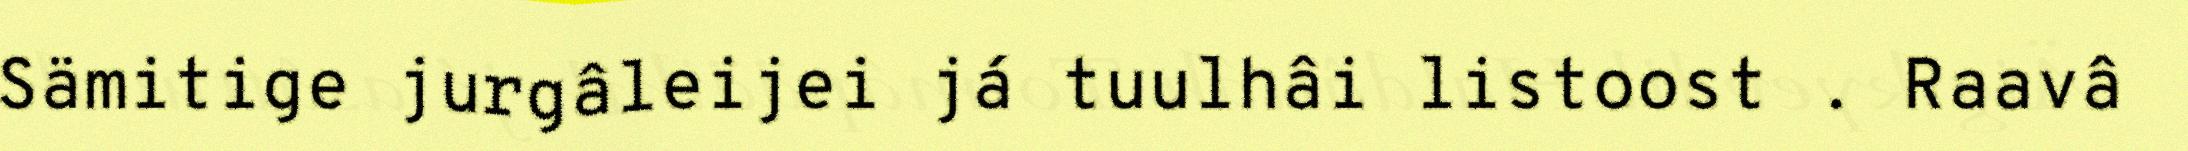
Sämitige jurgâleijei já tuulhâi listoost . Raavâ